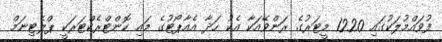
ފުވައްމުލަކުގައި 1220 މީޓަރުގެ ރަންވޭއަކާ އެކު ހަދާ އެއާޕޯޓުގެ މައި ކޮންޓްރެކްޓަރަކީ ޕްލެޓިނަމް